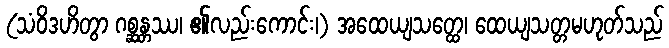
(သံဝိဒဟိတွာ ဂစ္ဆန္တဿ၊ ၏လည်းကောင်း၊) အထေယျသတ္ထေ၊ ထေယျသတ္တမဟုတ်သည်